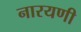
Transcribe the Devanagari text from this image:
नारयणी